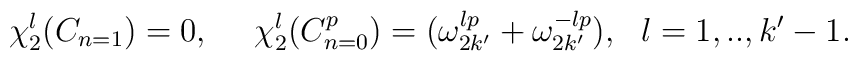
\chi_{2}^{l}(C_{n=1})=0,~~~~\chi_{2}^{l}(C_{n=0}^{p})= (\omega_{2k'}^{lp}+\omega_{2k'}^{-lp}),~~l=1,..,k'-1.